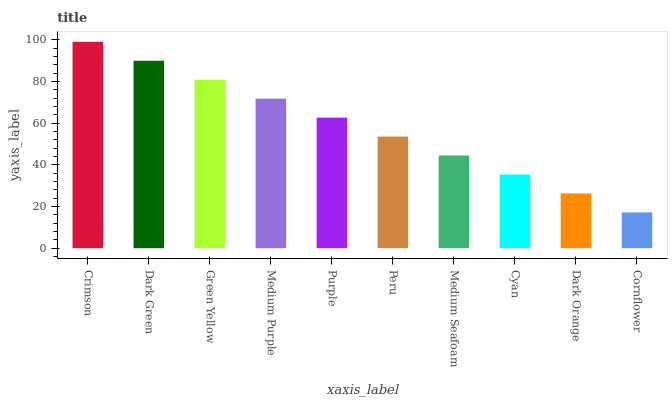
| xaxis_label | bars |
 | --- | --- |
 | Crimson | 99 |
 | Dark Green | 89.9 |
 | Green Yellow | 80.8 |
 | Medium Purple | 71.7 |
 | Purple | 62.6 |
 | Peru | 53.5 |
 | Medium Seafoam | 44.5 |
 | Cyan | 35.4 |
 | Dark Orange | 26.3 |
 | Cornflower | 17.2 |